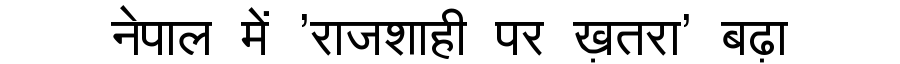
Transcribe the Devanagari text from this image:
नेपाल में 'राजशाही पर ख़तरा' बढ़ा